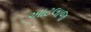
આટલાજ